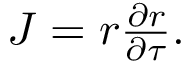
\begin{array} { r } { J = r \frac { \partial r } { \partial \tau } . } \end{array}